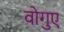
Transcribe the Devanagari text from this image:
वोगुए